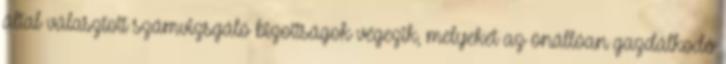
által választott számvizsgáló bizottságok végezik, melyeket az önállóan gazdálkodó